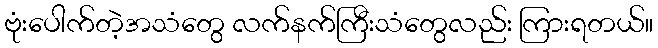
ဗုံးပေါက်တဲ့အသံတွေ လက်နက်ကြီးသံတွေလည်း ကြားရတယ်။